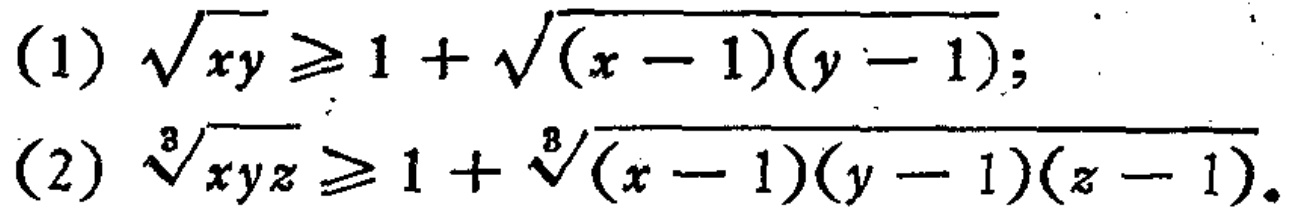
(1) $\sqrt{xy} \geqslant 1+\sqrt{(x - 1)(y - 1)}$;
(2) $\sqrt[3]{xyz} \geqslant 1+\sqrt[3]{(x - 1)(y - 1)(z - 1)}$.